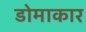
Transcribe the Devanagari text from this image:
डोमाकार